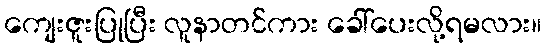
ကျေးဇူးပြုပြီး လူနာတင်ကား ခေါ်ပေးလို့ရမလား။